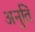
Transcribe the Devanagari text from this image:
अनुति